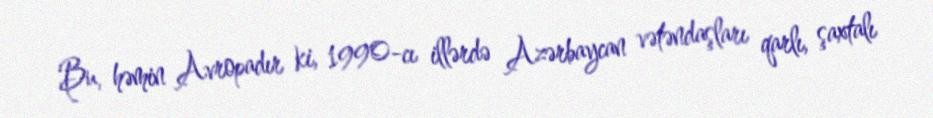
Bu, həmin Avropadır ki, 1990-cı illərdə Azərbaycan vətəndaşları qarlı, şaxtalı